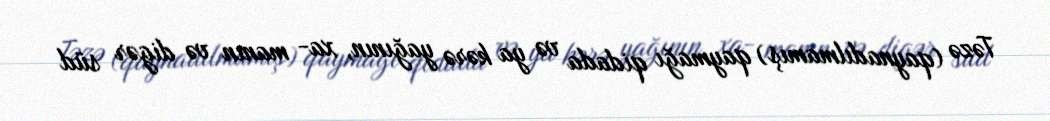
Təzə (qaynadılmamış) qaymağı qidada və ya kərə yağının, xa- manın və digər süd